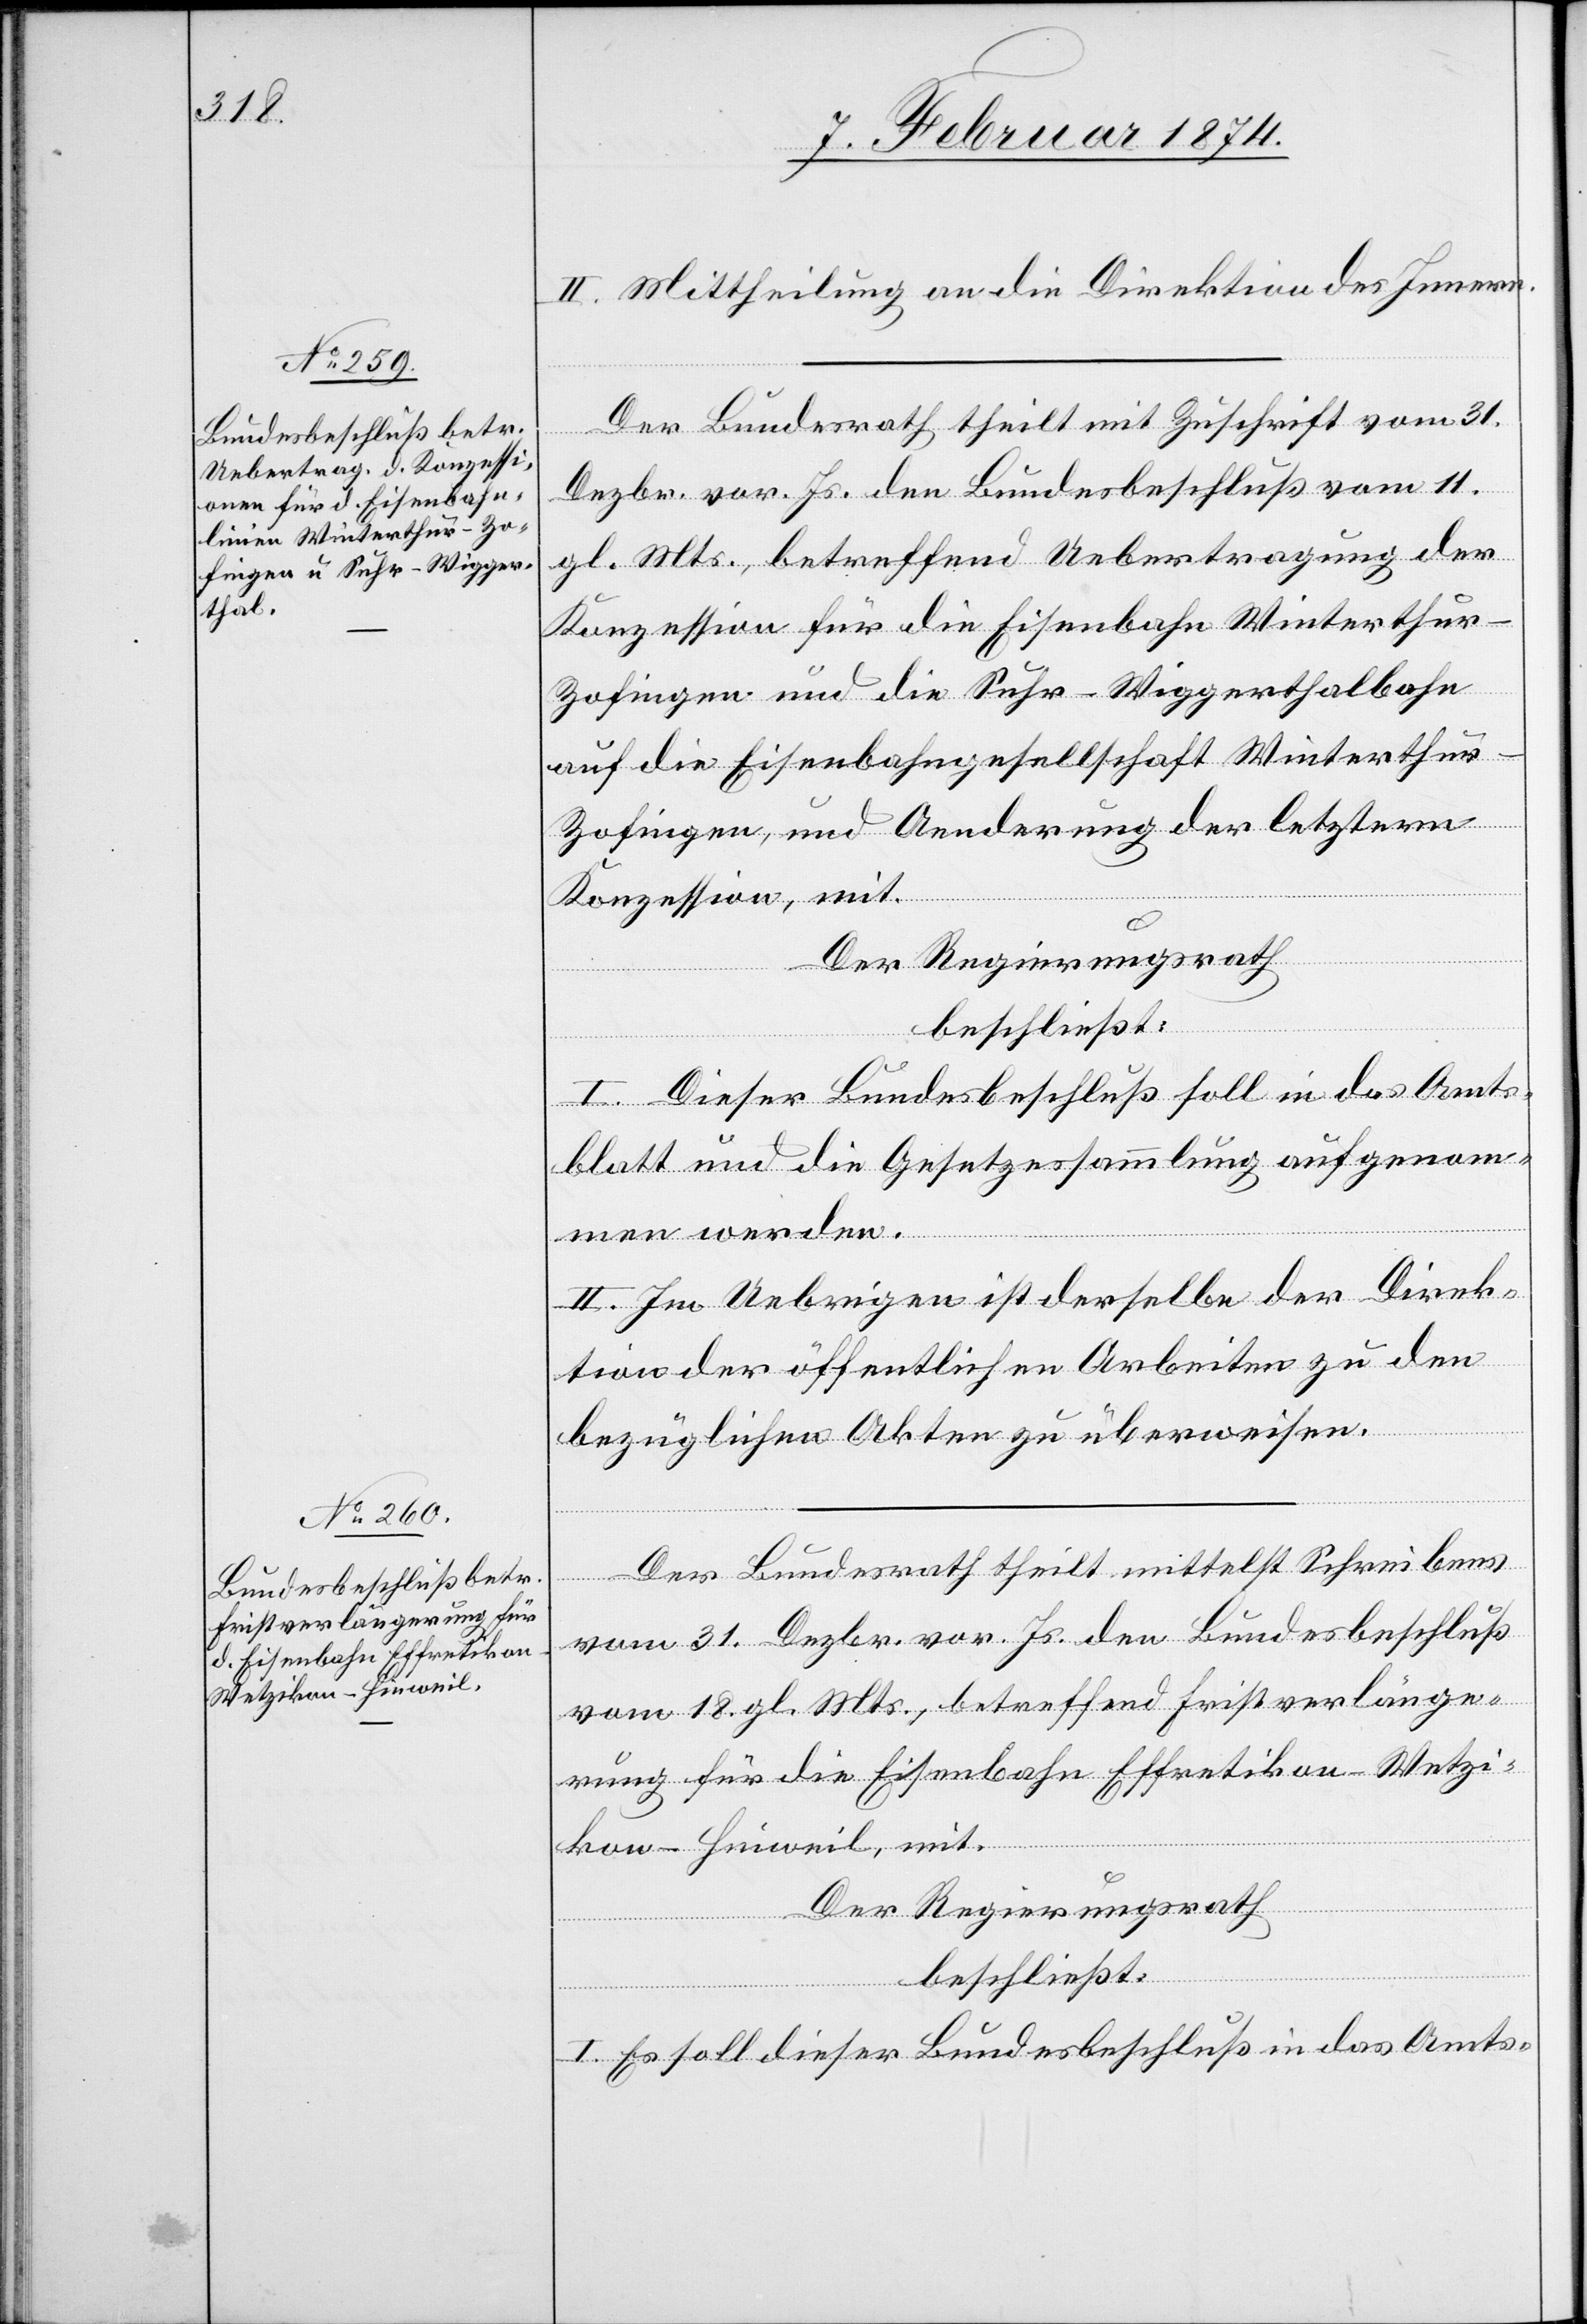
II. Mittheilung an die Direktion des Innern.
Der Bundesrath theilt mit Zuschrift vom 31.
Dezbr. vor. Js. den Bundesbeschluß vom 11.
gl. Mts., betreffend Uebertragung der
Konzession für die Eisenbahn Winterthur–Z¬
ofingen und die Suhr–Wiggerthalbahn
auf die Eisenbahngesellschaft Winterthu¬
r–Zofingen, und Aenderung der letztern
Konzession, mit.
Der Regierungsrath
beschließt:
I. Dieser Bundsbeschluß soll in das Amts¬
blatt und die Gesetzessammlung aufgenom¬
men werden.
II. Im Uebrigen ist derselbe der Direk¬
tion der öffentlichen Arbeiten zu den
bezüglichen Akten zu überweisen.
Der Bundesrath theilt mittelst Schreibens
vom 31. Dezbr. vor. Js. den Bundesbeschluß
vom 18. gl. Mts., betreffend Fristverlänge¬
rung für die Eisenbahn Effretikon-Wetzi¬
kon-Hinweil, mit.
Der Regierungsrath
beschließt:
I. Es soll dieser Bundesbeschluß in das Amts-